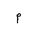
Letter: _mim